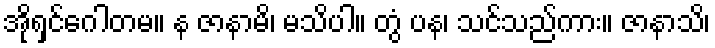
အိုရှင်ဂေါတမ။ န ဇာနာမိ၊ မသိပါ။ တွံ ပန၊ သင်သည်ကား။ ဇာနာသိ၊